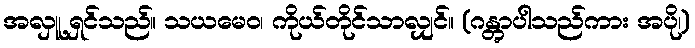
အလှူ့ရှင်သည်။ သယမေဝ၊ ကိုယ်တိုင်သာလျှင်။ (ဂန္တွာပါသည်ကား အပို၊)